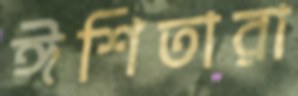
ঈশিতারা